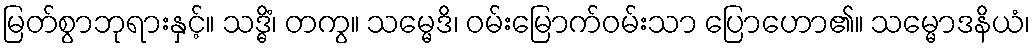
မြတ်စွာဘုရားနှင့်။ သဒ္ဓိံ၊ တကွ။ သမ္မေဒိ၊ ဝမ်းမြောက်ဝမ်းသာ ပြောဟော၏။ သမ္မောဒနိယံ၊